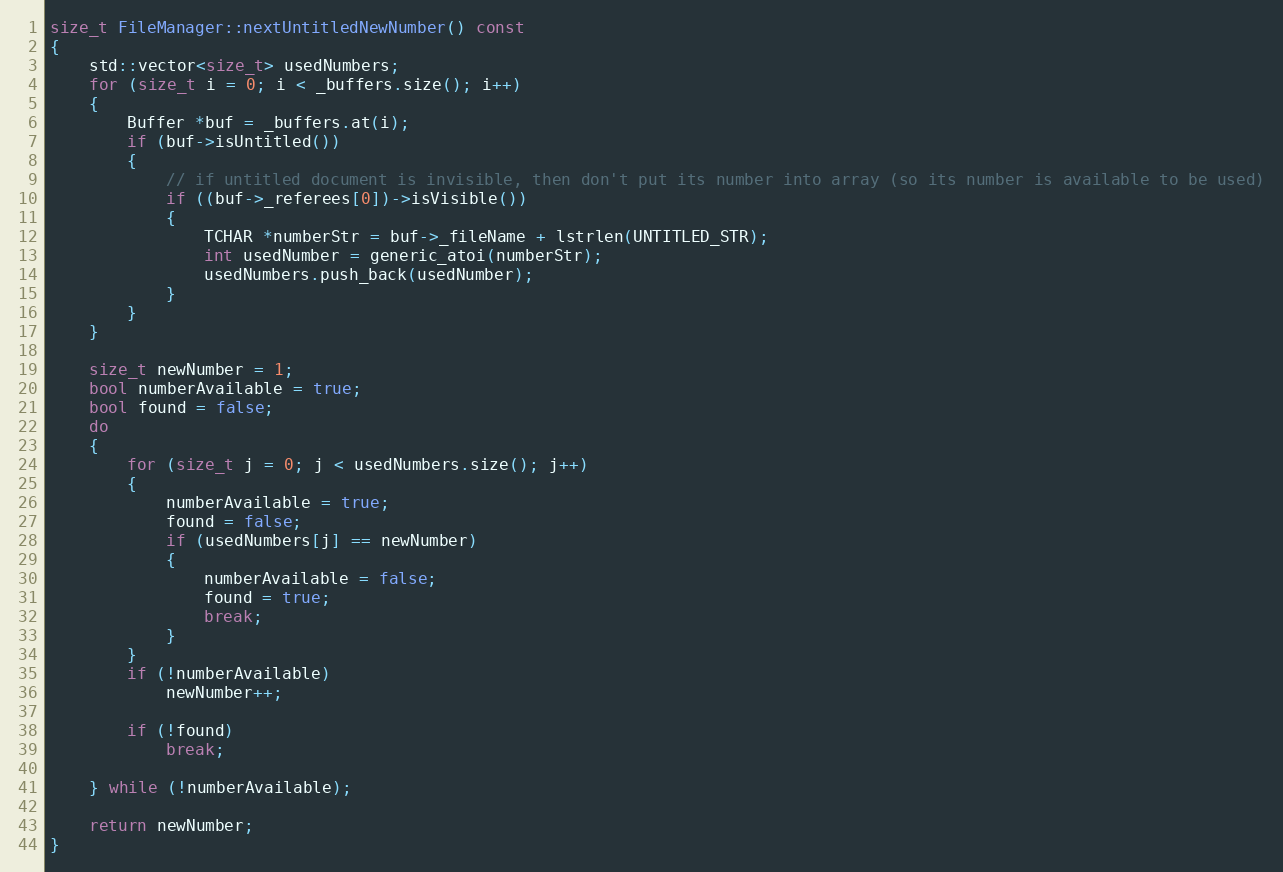
Language: C++
size_t FileManager::nextUntitledNewNumber() const
{
	std::vector<size_t> usedNumbers;
	for (size_t i = 0; i < _buffers.size(); i++)
	{
		Buffer *buf = _buffers.at(i);
		if (buf->isUntitled())
		{
			// if untitled document is invisible, then don't put its number into array (so its number is available to be used)
			if ((buf->_referees[0])->isVisible())
			{
				TCHAR *numberStr = buf->_fileName + lstrlen(UNTITLED_STR);
				int usedNumber = generic_atoi(numberStr);
				usedNumbers.push_back(usedNumber);
			}
		}
	}

	size_t newNumber = 1;
	bool numberAvailable = true;
	bool found = false;
	do
	{
		for (size_t j = 0; j < usedNumbers.size(); j++)
		{
			numberAvailable = true;
			found = false;
			if (usedNumbers[j] == newNumber)
			{
				numberAvailable = false;
				found = true;
				break;
			}
		}
		if (!numberAvailable)
			newNumber++;

		if (!found)
			break;

	} while (!numberAvailable);

	return newNumber;
}